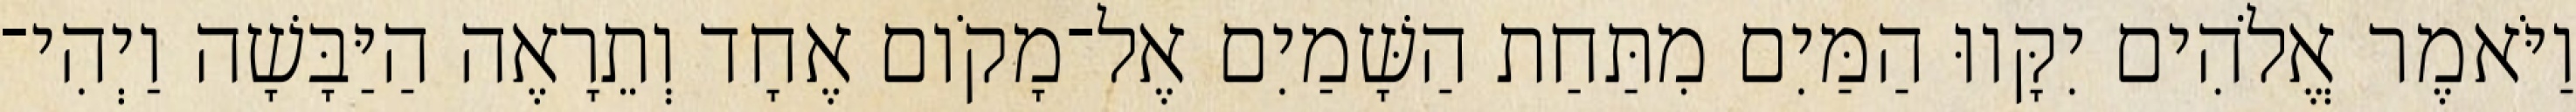
וַיֹּאמֶר אֱלֹהִים יִקָּווּ הַמַּיִם מִתַּחַת הַשָּׁמַיִם אֶל־מָקֹום אֶחָד וְתֵרָאֶה הַיַּבָּשָׁה וַיְהִי־